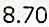
8.70